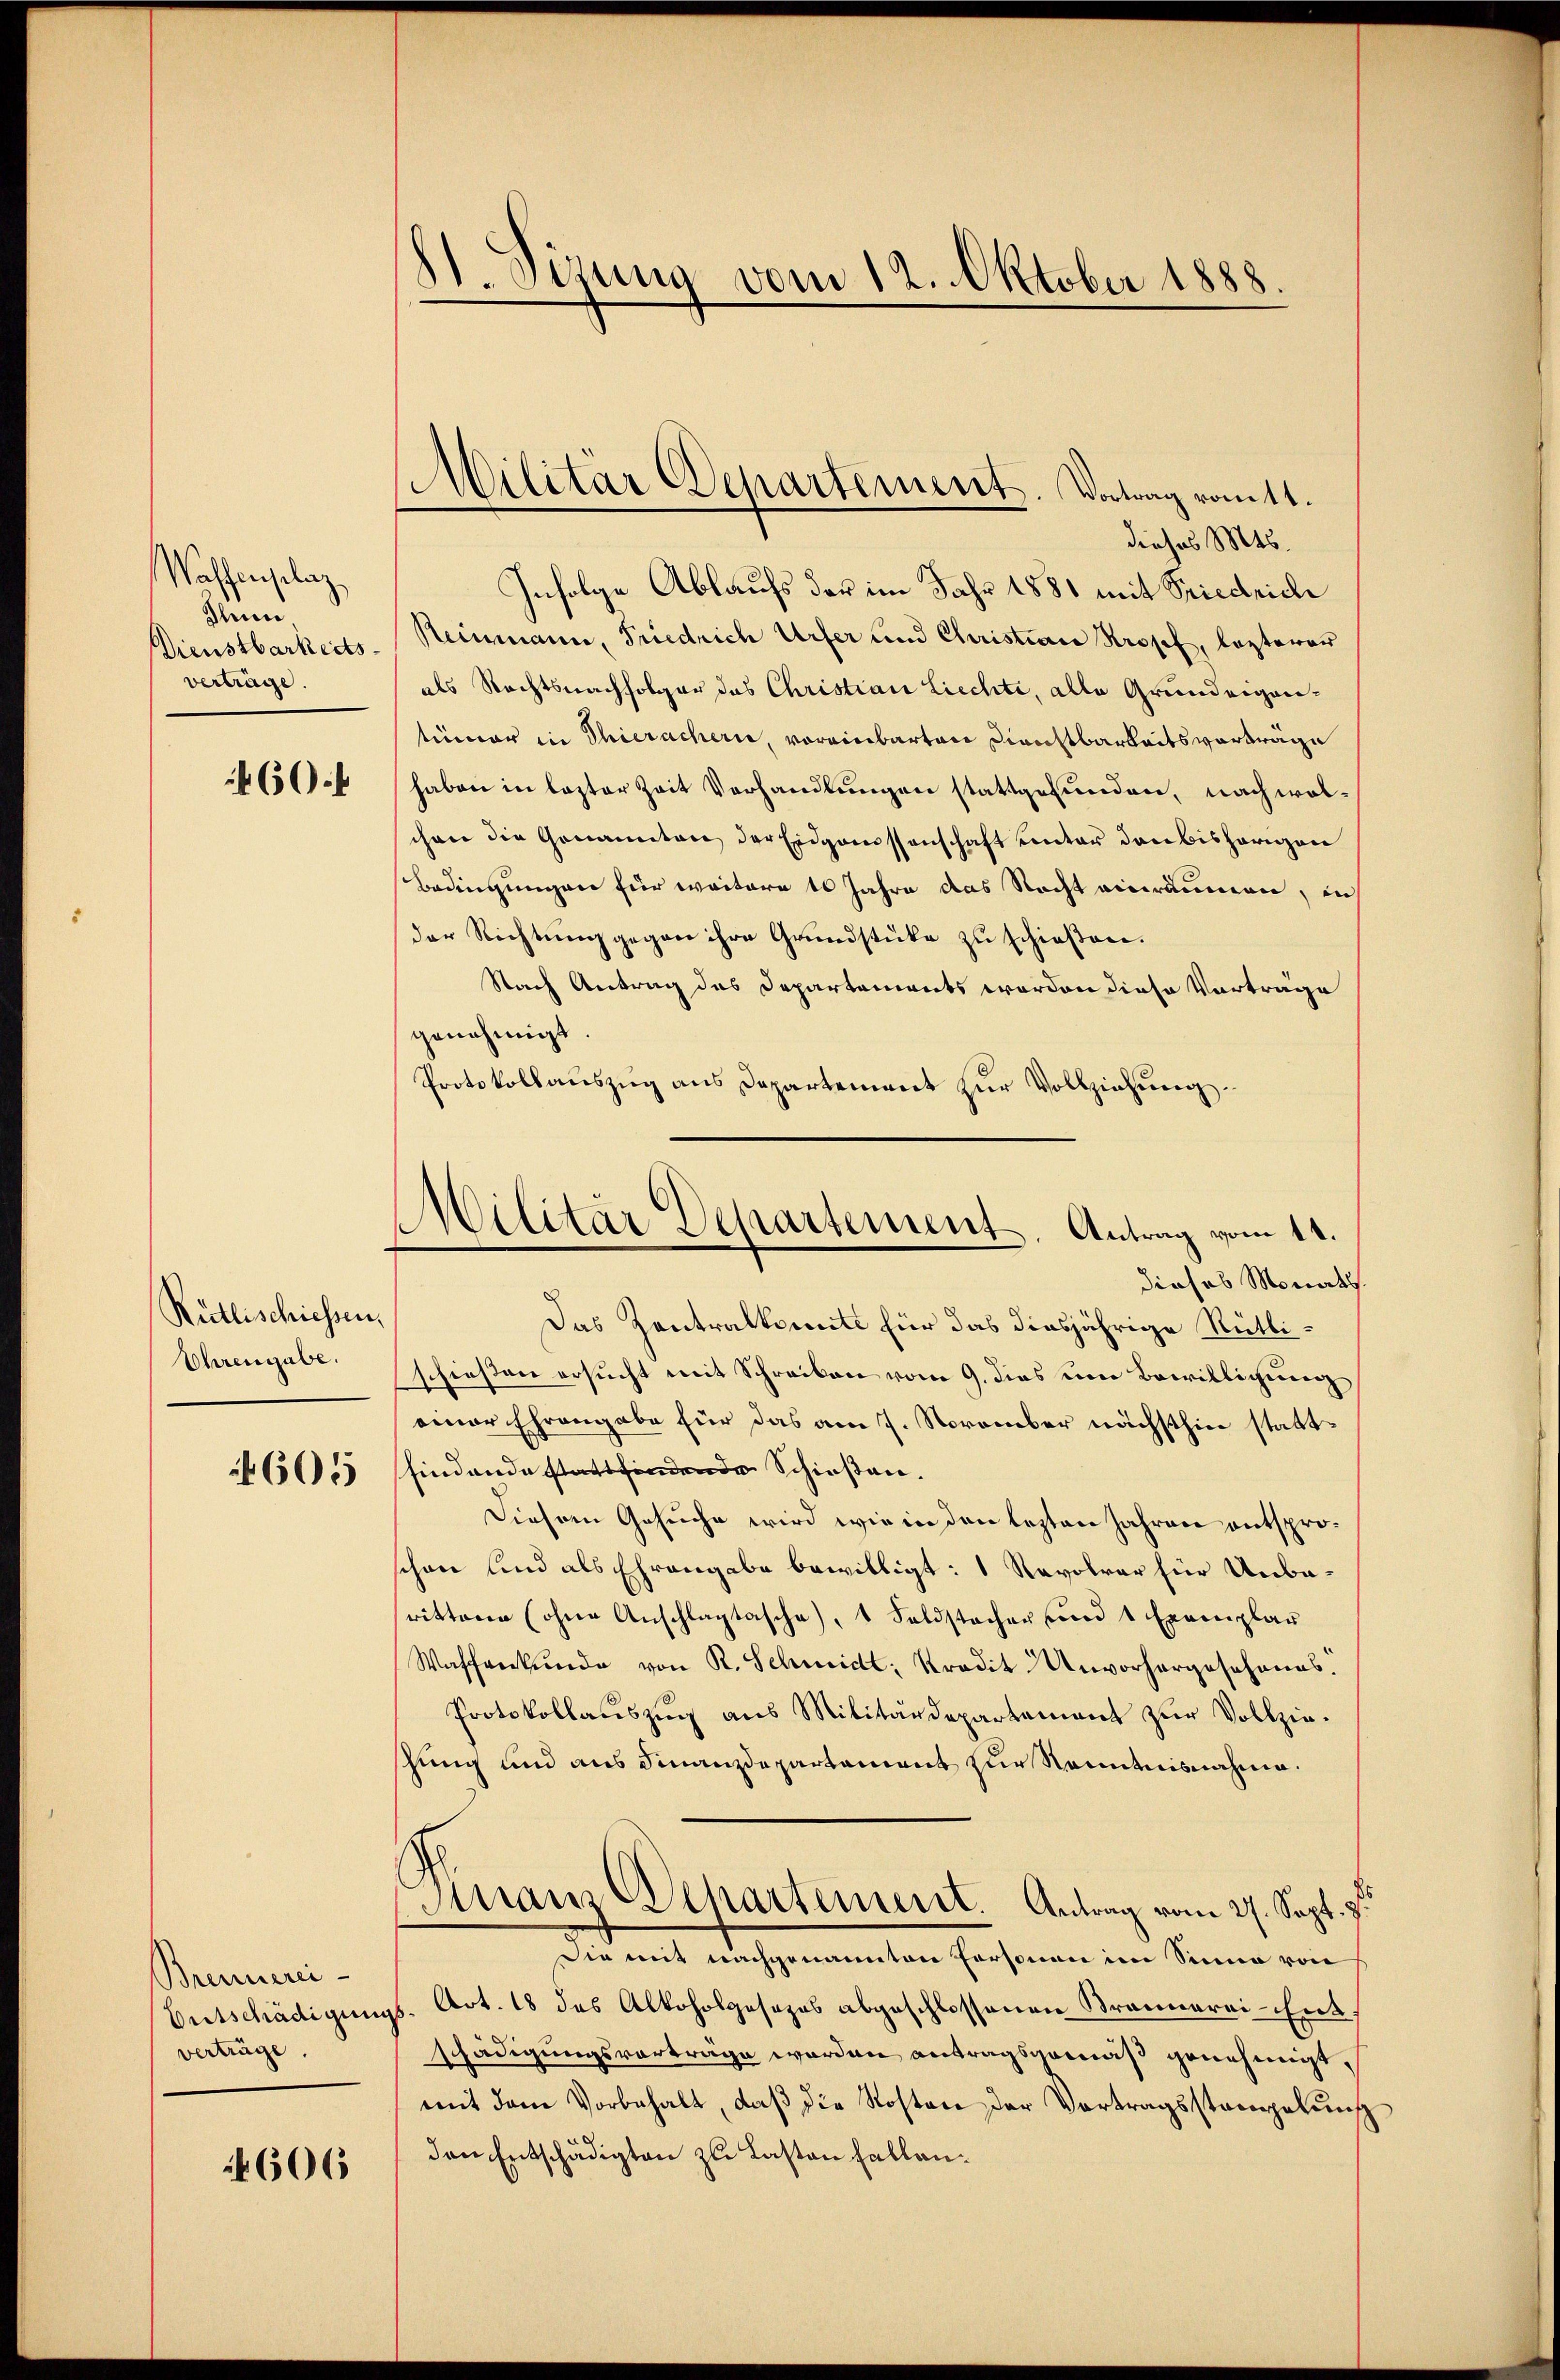
Wassenselaz
Ihnen
Dienstbarkeits
verträge

460.

Rütlischiessen.
Uhrengabe.

605

Brennerei-
Entschädigung
verträge

4606

81. Sizung vom 12. Oktober 1888

Militär Departement. Vortrag ratt.

Militär Departement, Antrag vom 14.

dieses Mts.
Infolge Ablaufs der im Jahr 1881 mit Friedrich
Reinmann, Friedrich Urfer und Christian Kropf, lezterer
als Rechtsnachfolger das Christian Liechte, alle Grundeigenetiimer in Thierachern, voreinbarten Dienstbarkeitsvorträge
haben in lezter Zeit Vorhandlungen stattgefunden, nach wolchen die Genannten der Eidgassenschaft unter den bisherigen
Bedingungen für weitere 16 Jahre das Recht einräumen, in
der Richtung gegen ihre Grundstüke zu schießen.
Nach Antrag des Departements worden diese Vorträge
genehmigt
Protokollauszug aus Departement zur Vollziehung.
dieses Monath.
Das Zentralkomite für das diesjährige Rüttischießen ersucht mit Schreiben vom 9. dies um Bewilligung
einer Ehrengabe für das am 7. November nächsthin stattsfindende stattfindende Schiessen.
Diesem Gesuche wird wie in den lezten Jahren entsproschon und als Ehrangabe bewilligt: 1 Ravolrar für Unbarittene (ohne Anschlagtasche, 1 Feldstachen und 1 Exemplar
Waffenkunde von R. Schmidt. Kredit Unvorhergeschanes.
Protokollauszug aus Militärdepartement zur Vollzieschung und aus Finanzdepartament zur Kenntnisnahme¬
Finanz Departement. Antrag vom 27. Sept. v.
Die mit nachgenannten Personen im Sinne von
f. Art. 18 des Alkoholgesezes abgeschlossenen Brannerei-Entschädigungsvorträge werden antragsgemäß genehmigt,
mit dem Vorbehalt, daß die Kosten der Vortragsstregelung
den Entschädigten zu Lasten Fallen¬